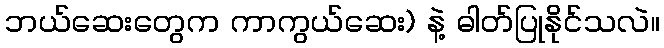
ဘယ်ဆေးတွေက ကာကွယ်ဆေး) နဲ့ ဓါတ်ပြုနိုင်သလဲ။